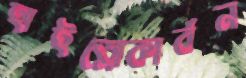
হাইড্রোকার্বন